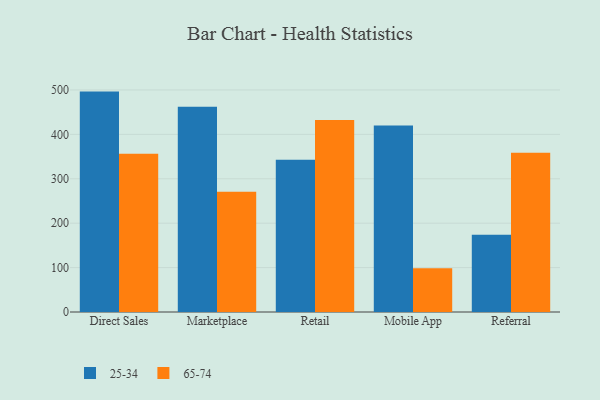
{"axis": {"x": "Channel", "y": "Shipments"}, "legend": ["25-34", "65-74"], "data": [{"x": "Direct Sales", "y": 496.3, "type": "25-34"}, {"x": "Direct Sales", "y": 356.2, "type": "65-74"}, {"x": "Marketplace", "y": 462.3, "type": "25-34"}, {"x": "Marketplace", "y": 270.8, "type": "65-74"}, {"x": "Retail", "y": 343.0, "type": "25-34"}, {"x": "Retail", "y": 432.6, "type": "65-74"}, {"x": "Mobile App", "y": 419.9, "type": "25-34"}, {"x": "Mobile App", "y": 98.6, "type": "65-74"}, {"x": "Referral", "y": 173.8, "type": "25-34"}, {"x": "Referral", "y": 358.4, "type": "65-74"}]}